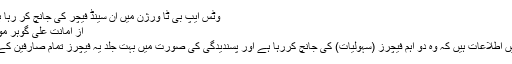
وٹس ایپ بی ٹا ورژن میں اَن سینڈ فیچر کی جانچ کر رہا ہے - ماہنامہ کمپیوٹنگ
از امانت علی گوہر مورخہ مئی 13، 2017
وٹس ایپ کے بارے میں اطلاعات ہیں کہ وہ دو اہم فیچرز (سہولیات) کی جانچ کررہا ہے اور پسندیدگی کی صورت میں بہت جلد یہ فیچرز تمام صارفین کے لئے دستیاب ہوں گے۔